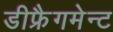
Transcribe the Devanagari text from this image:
डीफ्रैगमेन्ट